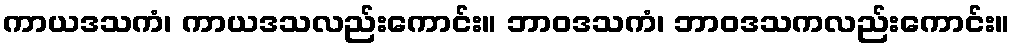
ကာယဒသကံ၊ ကာယဒသလည်းကောင်း။ ဘာဝဒသကံ၊ ဘာဝဒသကလည်းကောင်း။